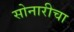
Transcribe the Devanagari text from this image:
सोनारीचा